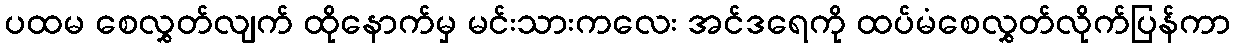
ပထမ စေလွှတ်လျက် ထိုနောက်မှ မင်းသားကလေး အင်ဒရေကို ထပ်မံစေလွှတ်လိုက်ပြန်ကာ